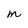
Character: m